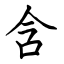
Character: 含